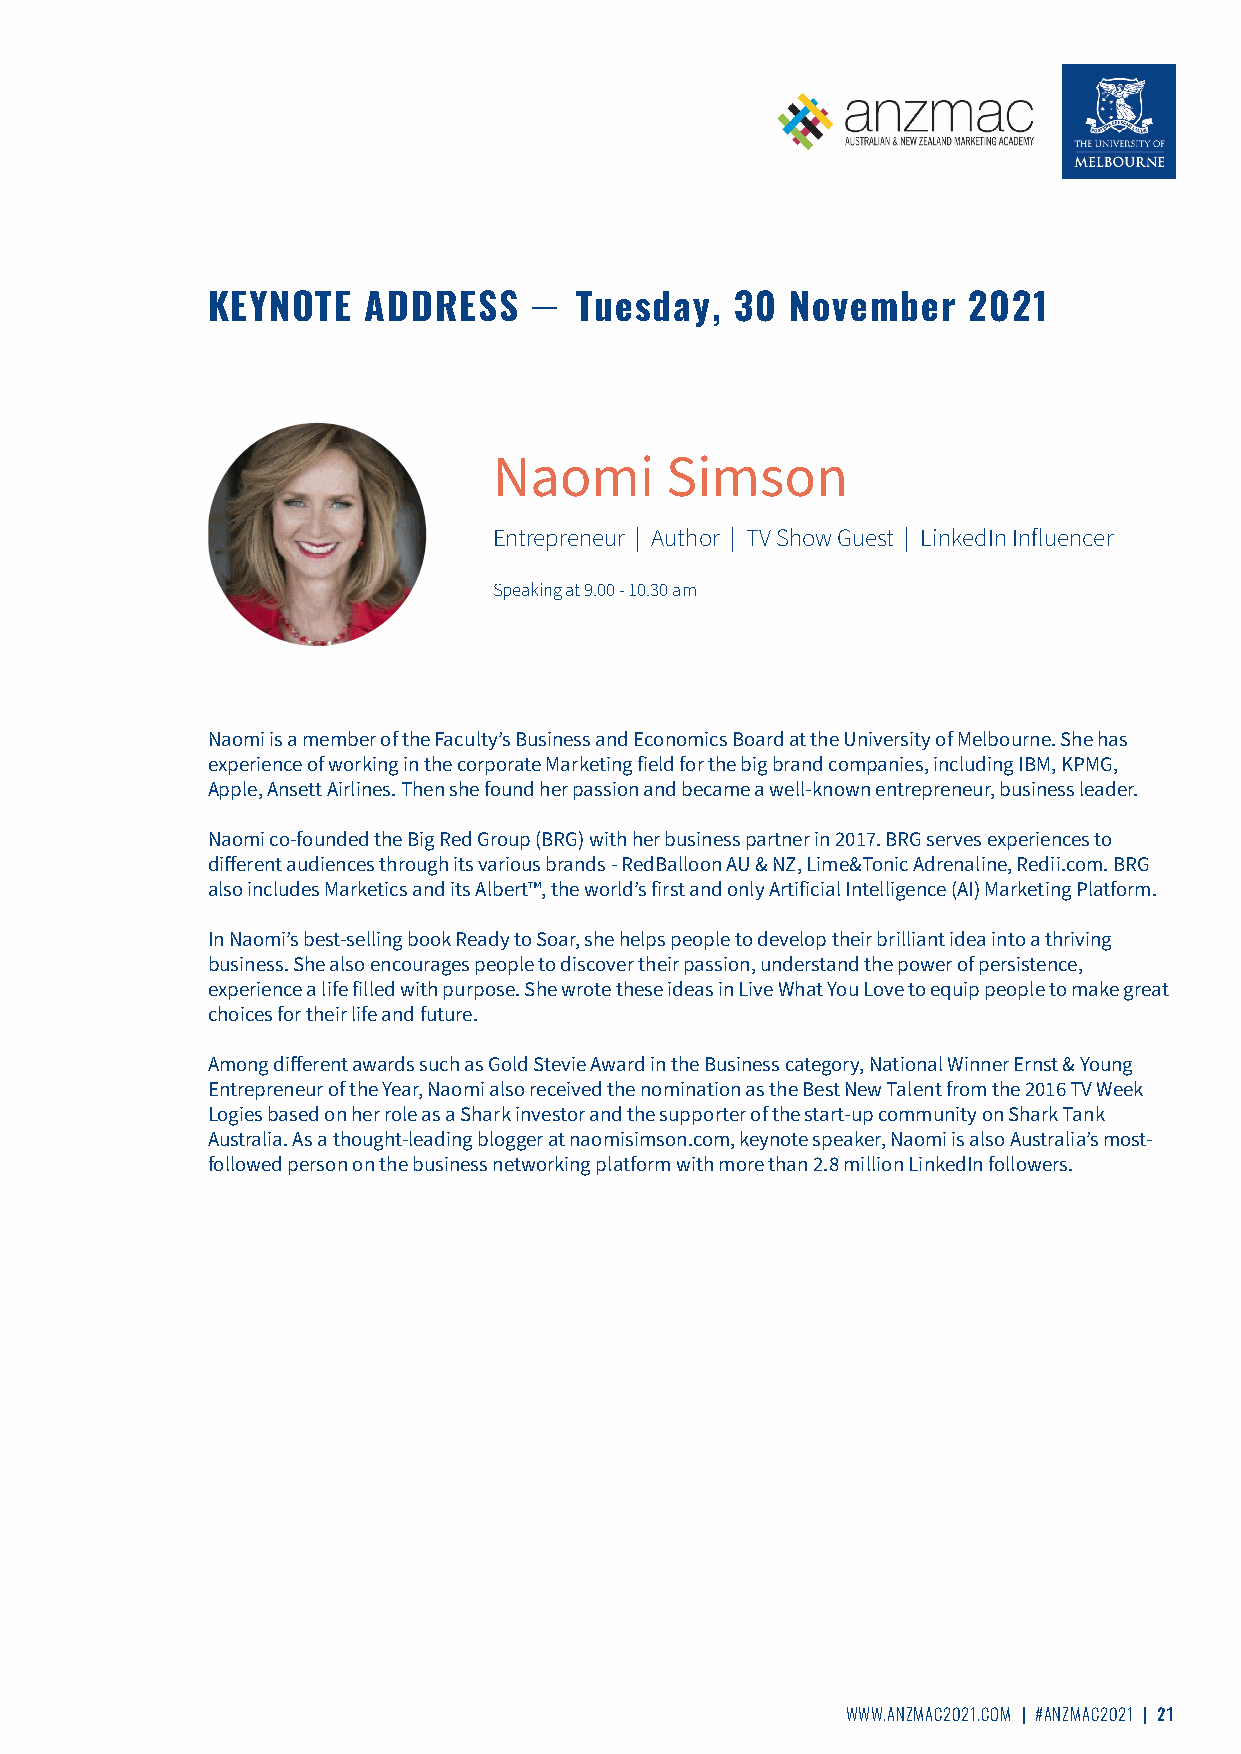
KEYNOTE   ADDRESS    ̶  Tuesday,   30 November    2021
 Naomi      Simson
 Entrepreneur | Author | TV Show Guest | LinkedIn Influencer
 Speaking at 9.00 - 10.30 am
 Naomi is a member of the Faculty’s Business and Economics Board at the University of Melbourne. She has
 experience of working in the corporate Marketing field for the big brand companies, including IBM, KPMG,
 Apple, Ansett Airlines. Then she found her passion and became a well-known entrepreneur, business leader.
 Naomi co-founded the Big Red Group (BRG) with her business partner in 2017. BRG serves experiences to
 different audiences through its various brands - RedBalloon AU & NZ, Lime&Tonic Adrenaline, Redii.com. BRG
 also includes Marketics and its Albert™, the world’s first and only Artificial Intelligence (AI) Marketing Platform.
 In Naomi’s best-selling book Ready to Soar, she helps people to develop their brilliant idea into a thriving
 business. She also encourages people to discover their passion, understand the power of persistence,
 experience a life filled with purpose. She wrote these ideas in Live What You Love to equip people to make great
 choices for their life and future.
 Among different awards such as Gold Stevie Award in the Business category, National Winner Ernst & Young
 Entrepreneur of the Year, Naomi also received the nomination as the Best New Talent from the 2016 TV Week
 Logies based on her role as a Shark investor and the supporter of the start-up community on Shark Tank
 Australia. As a thought-leading blogger at naomisimson.com, keynote speaker, Naomi is also Australia’s most-
 followed person on the business networking platform with more than 2.8 million LinkedIn followers.
 WWW.ANZMAC2021.COM | #ANZMAC2021 | 21